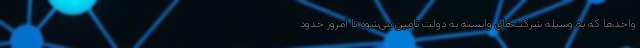
واحدها که به وسیله شرکت‌های وابسته به دولت تامین می‌شود تا امروز حدود